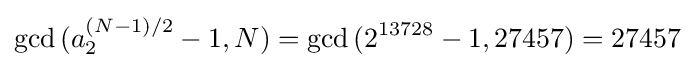
\gcd {(a_{2}^{(N-1)/2}-1,N)}=\gcd {(2^{13728}-1,27457)}=27457